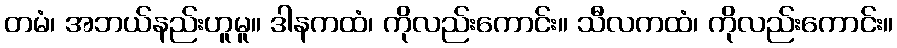
တမံ၊ အဘယ်နည်းဟူမူ။ ဒါနကထံ၊ ကိုလည်းကောင်း။ သီလကထံ၊ ကိုလည်းကောင်း။